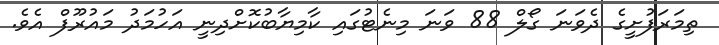
ތިމަރަފުށީގެ ދެވަނަ ގޯލް 88 ވަނަ މިނެޓުގައި ކާމިޔާބުކޮށްދިނީ އަހުމަދު މައުރޫފް އެވެ.